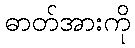
ဓာတ်အားကို